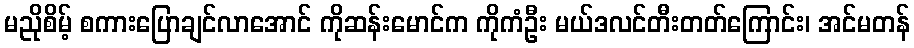
မညိုစိမ့် စကားပြောချင်လာအောင် ကိုဆန်းမောင်က ကိုကံဦး မယ်ဒလင်တီးတတ်ကြောင်း၊ အင်မတန်